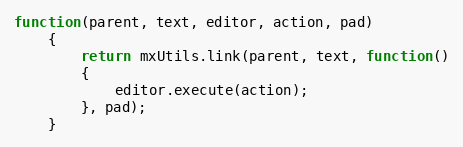
Language: JavaScript
function(parent, text, editor, action, pad)
	{
		return mxUtils.link(parent, text, function()
		{
			editor.execute(action);
		}, pad);
	}